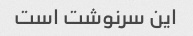
این سرنوشت است